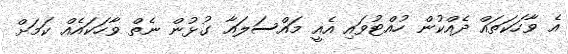
އެ ވާހަކަތައް ދެއްކުން ހުއްޓުވައި އެއީ މައްސަލައާ ގުޅުން ނެތް ވާހަކައެއް ކަމަށް